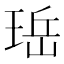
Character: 𪻬